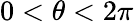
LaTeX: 0<\theta<2\pi